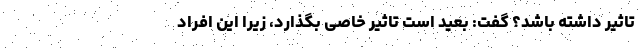
تاثیر داشته باشد؟ گفت: بعید است تاثیر خاصی بگذارد، زیرا این افراد